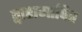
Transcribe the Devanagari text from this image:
द्वारामापित